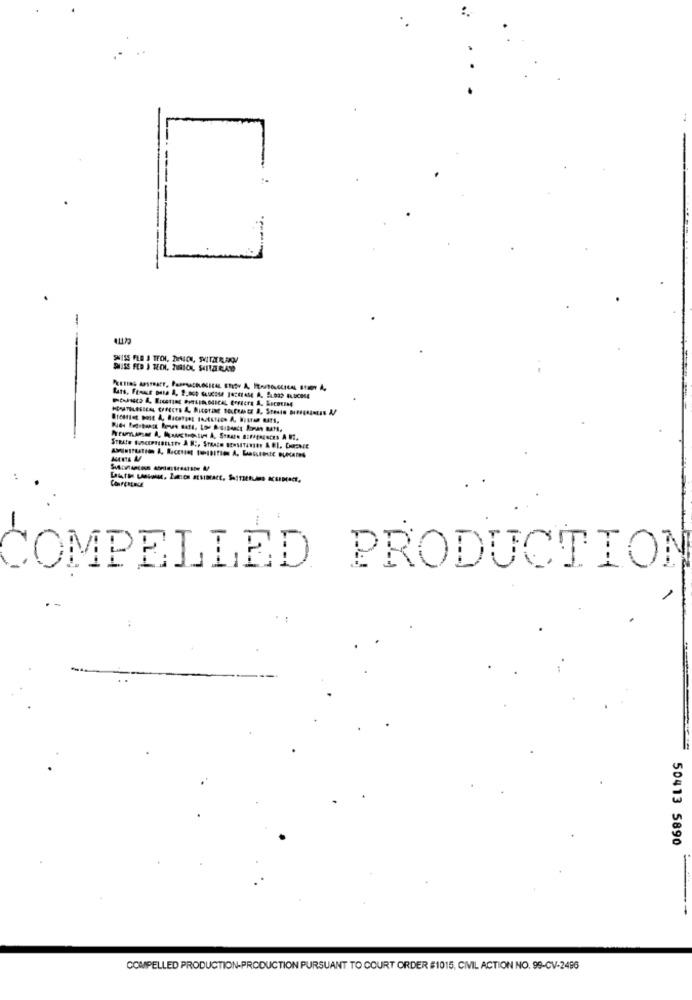
PLUSS FED J TECH, ZURICH, SAITZERLAND
..
OMPELLED PRODUCTION
50413 5890
COMPELLED PRODUCTION-PRODUCTION PURSUANT TO COURT ORDER #1015, CIVIL ACTION NO. 99-CV-2496